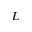
L